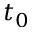
t _ { 0 }